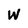
Character: W